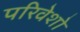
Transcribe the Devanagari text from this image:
परिवेशो